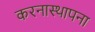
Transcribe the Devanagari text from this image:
करनास्थापना